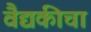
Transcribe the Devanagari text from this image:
वैद्यकीचा